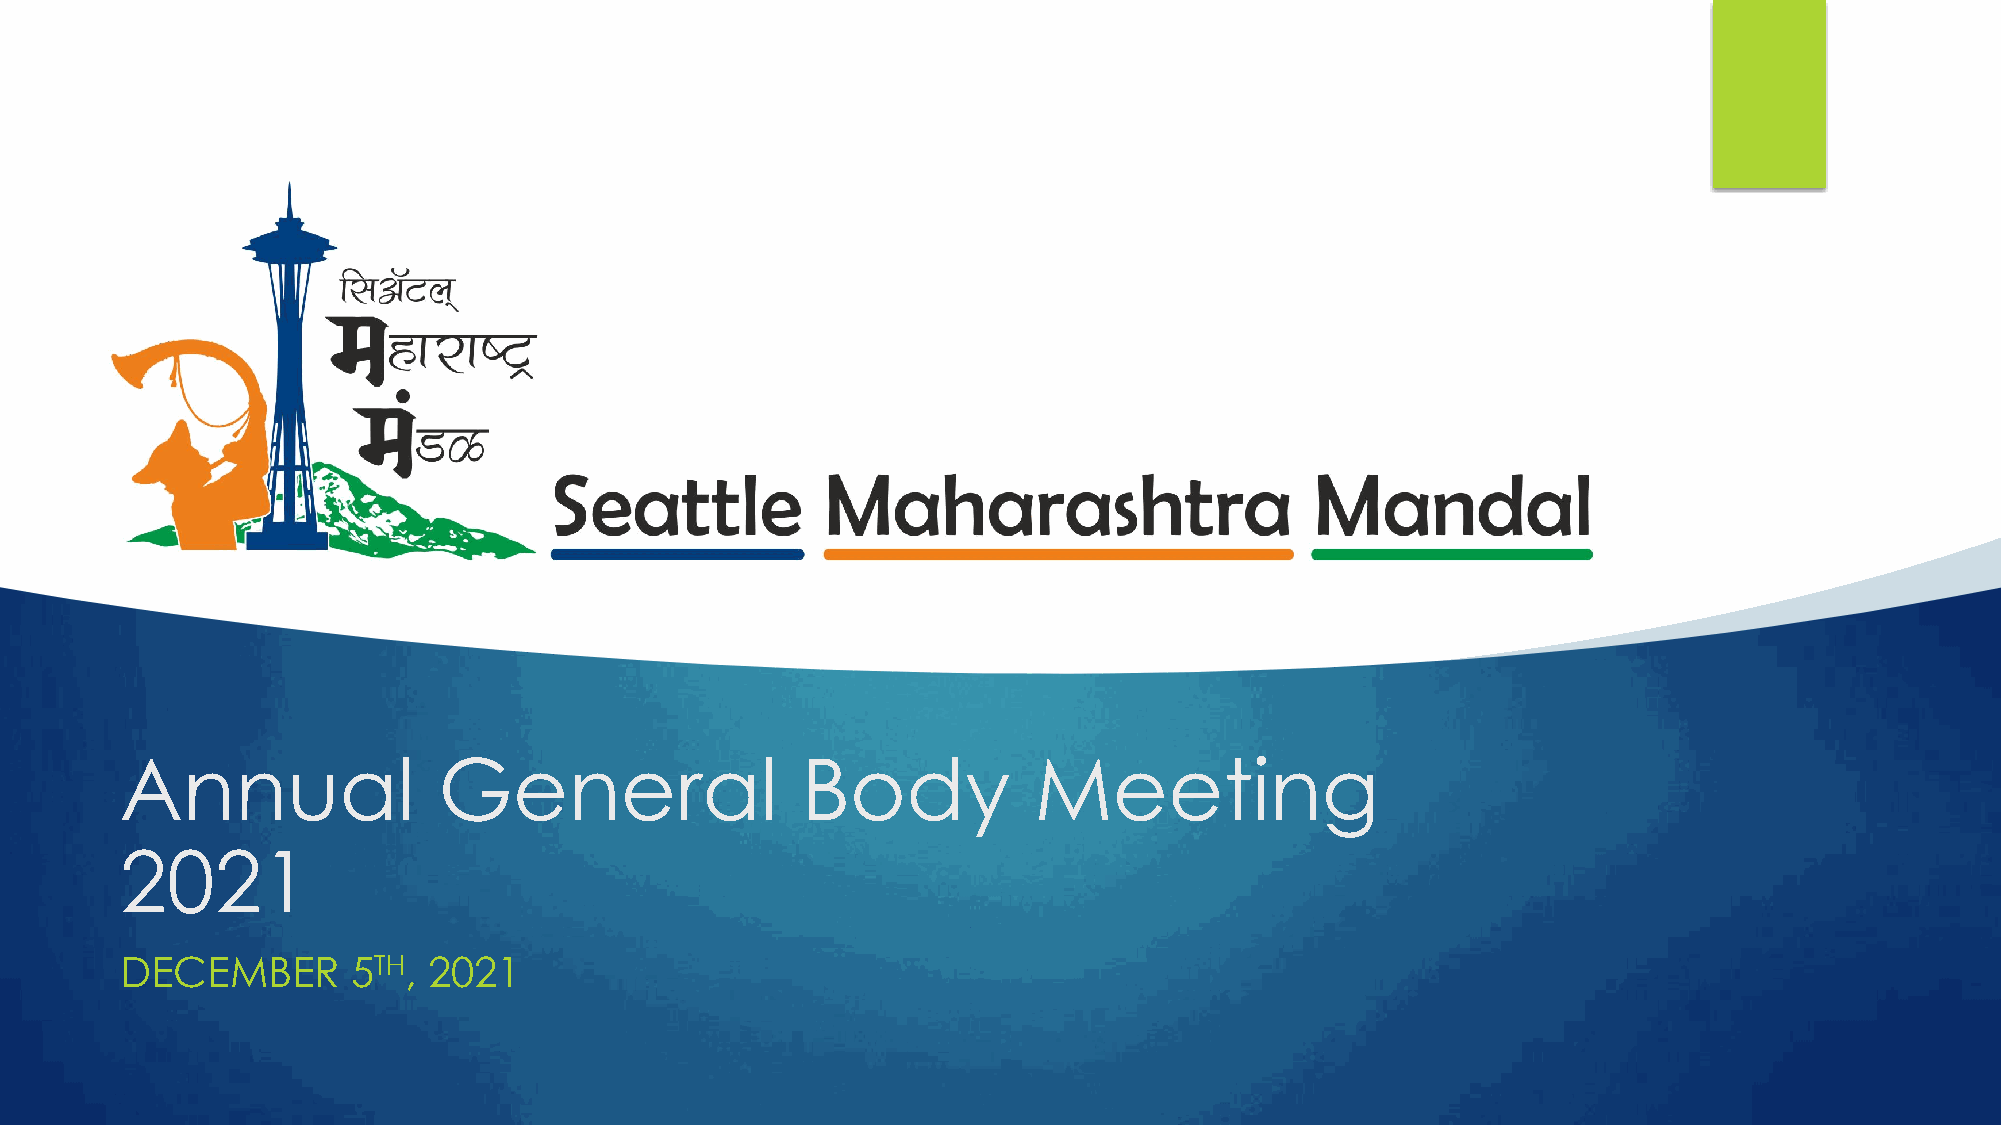
Annual               General                 Body           Meeting
 2021
 DECEMBER       5TH, 2021